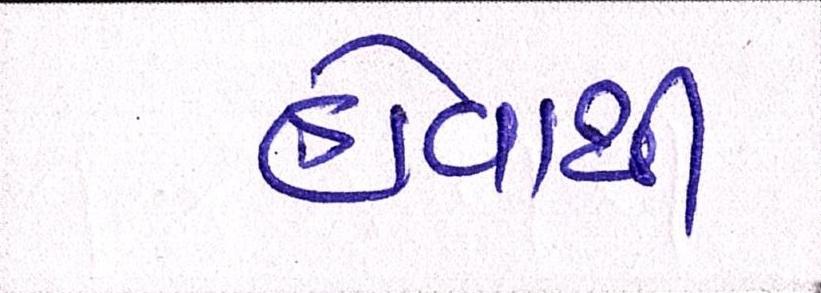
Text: હોવાથી